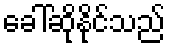
ခေါ်ဆိုနိုင်သည်